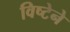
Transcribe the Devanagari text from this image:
विष्टेने